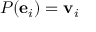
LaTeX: P ( \mathbf { e } _ { i } ) = \mathbf { v } _ { i }